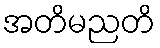
အတိမညတိ